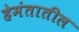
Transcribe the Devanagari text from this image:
हेमंतातील